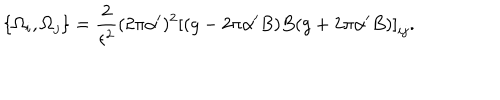
\{ \Omega _ { i } , \Omega _ { j } \} = \frac { 2 } { \epsilon ^ { 2 } } ( 2 \pi \alpha ^ { \prime } ) ^ { 2 } \left[ ( g - 2 \pi \alpha ^ { \prime } B ) B ( g + 2 \pi \alpha ^ { \prime } B ) \right] _ { i j } .